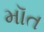
મૉત